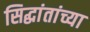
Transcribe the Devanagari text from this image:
सिद्धांतांच्या